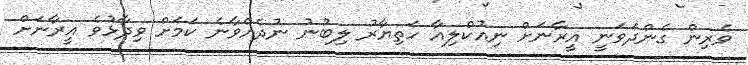
ވެރިން ގެންދަވަނީ އީރާނަށް ނިއުކްލިއާ ހަތިޔާރު ލިބުނު ނުދެއްވާނެ ކަމަށް ވިދާޅުވެ އީރާނަށް